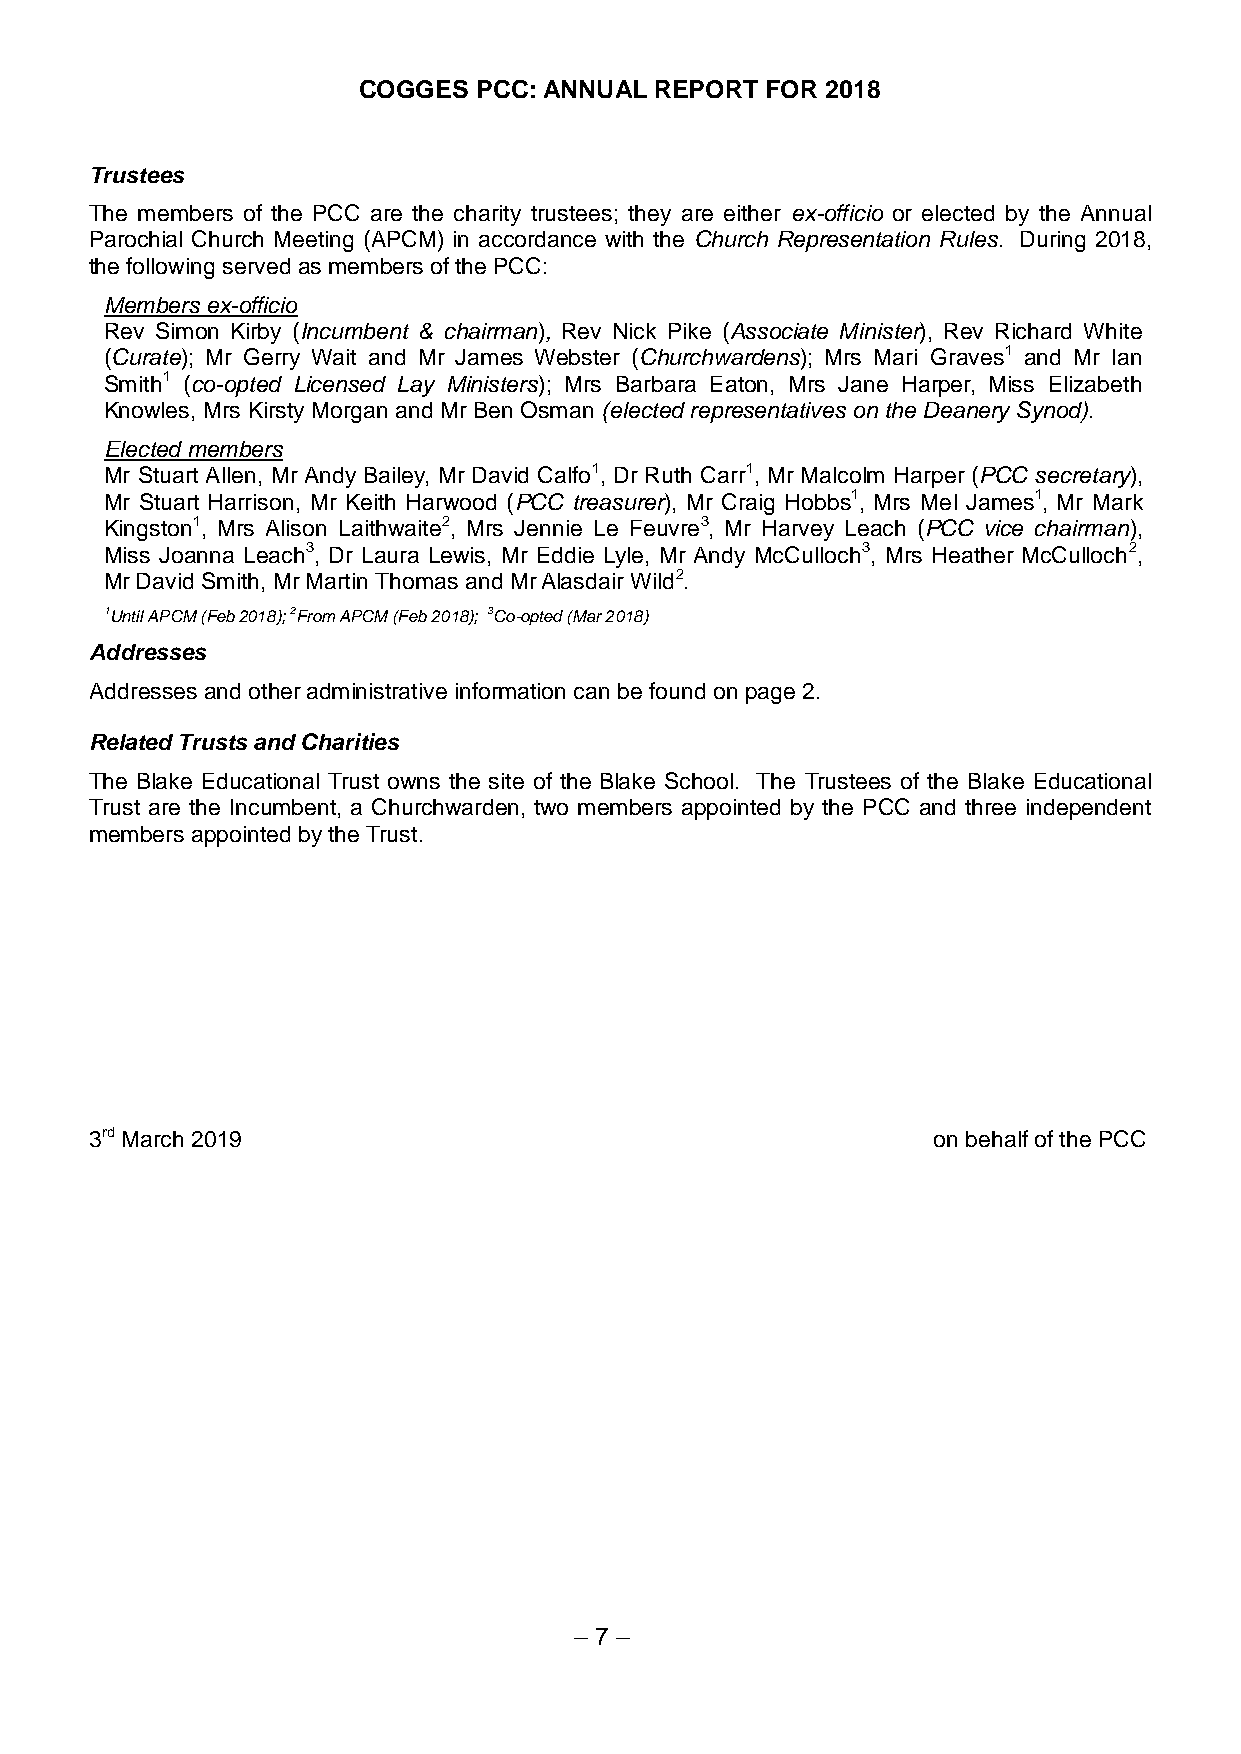
COGGES  PCC: ANNUAL REPORT FOR 2018
 Trustees
 The members of the PCC are the charity trustees; they are either ex-officio or elected by the Annual
 Parochial Church Meeting (APCM) in accordance with the Church Representation Rules. During 2018,
 the following served as members of the PCC:
 Members ex-officio
 Rev Simon Kirby (Incumbent & chairman), Rev Nick Pike (Associate Minister), Rev Richard White
 (Curate); Mr Gerry Wait and Mr James Webster (Churchwardens); Mrs Mari Graves1 and Mr Ian
 Smith1 (co-opted Licensed Lay Ministers); Mrs Barbara Eaton, Mrs Jane Harper, Miss Elizabeth
 Knowles, Mrs Kirsty Morgan and Mr Ben Osman (elected representatives on the Deanery Synod).
 Elected members
 Mr Stuart Allen, Mr Andy Bailey, Mr David Calfo1, Dr Ruth Carr1, Mr Malcolm Harper (PCC secretary),
 Mr Stuart Harrison, Mr Keith Harwood (PCC treasurer), Mr Craig Hobbs1, Mrs Mel James1, Mr Mark
 Kingston1, Mrs Alison Laithwaite2, Mrs Jennie Le Feuvre3, Mr Harvey Leach (PCC vice chairman),
 Miss Joanna Leach3, Dr Laura Lewis, Mr Eddie Lyle, Mr Andy McCulloch3, Mrs Heather McCulloch2,
 Mr David Smith, Mr Martin Thomas and Mr Alasdair Wild2.
 1Until APCM (Feb 2018); 2From APCM (Feb 2018); 3Co-opted (Mar 2018)
 Addresses
 Addresses and other administrative information can be found on page 2.
 Related Trusts and Charities
 The Blake Educational Trust owns the site of the Blake School. The Trustees of the Blake Educational
 Trust are the Incumbent, a Churchwarden, two members appointed by the PCC and three independent
 members appointed by the Trust.
 3rd March 2019                                          on behalf of the PCC
 – 7 –